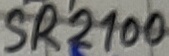
Text: SR2100